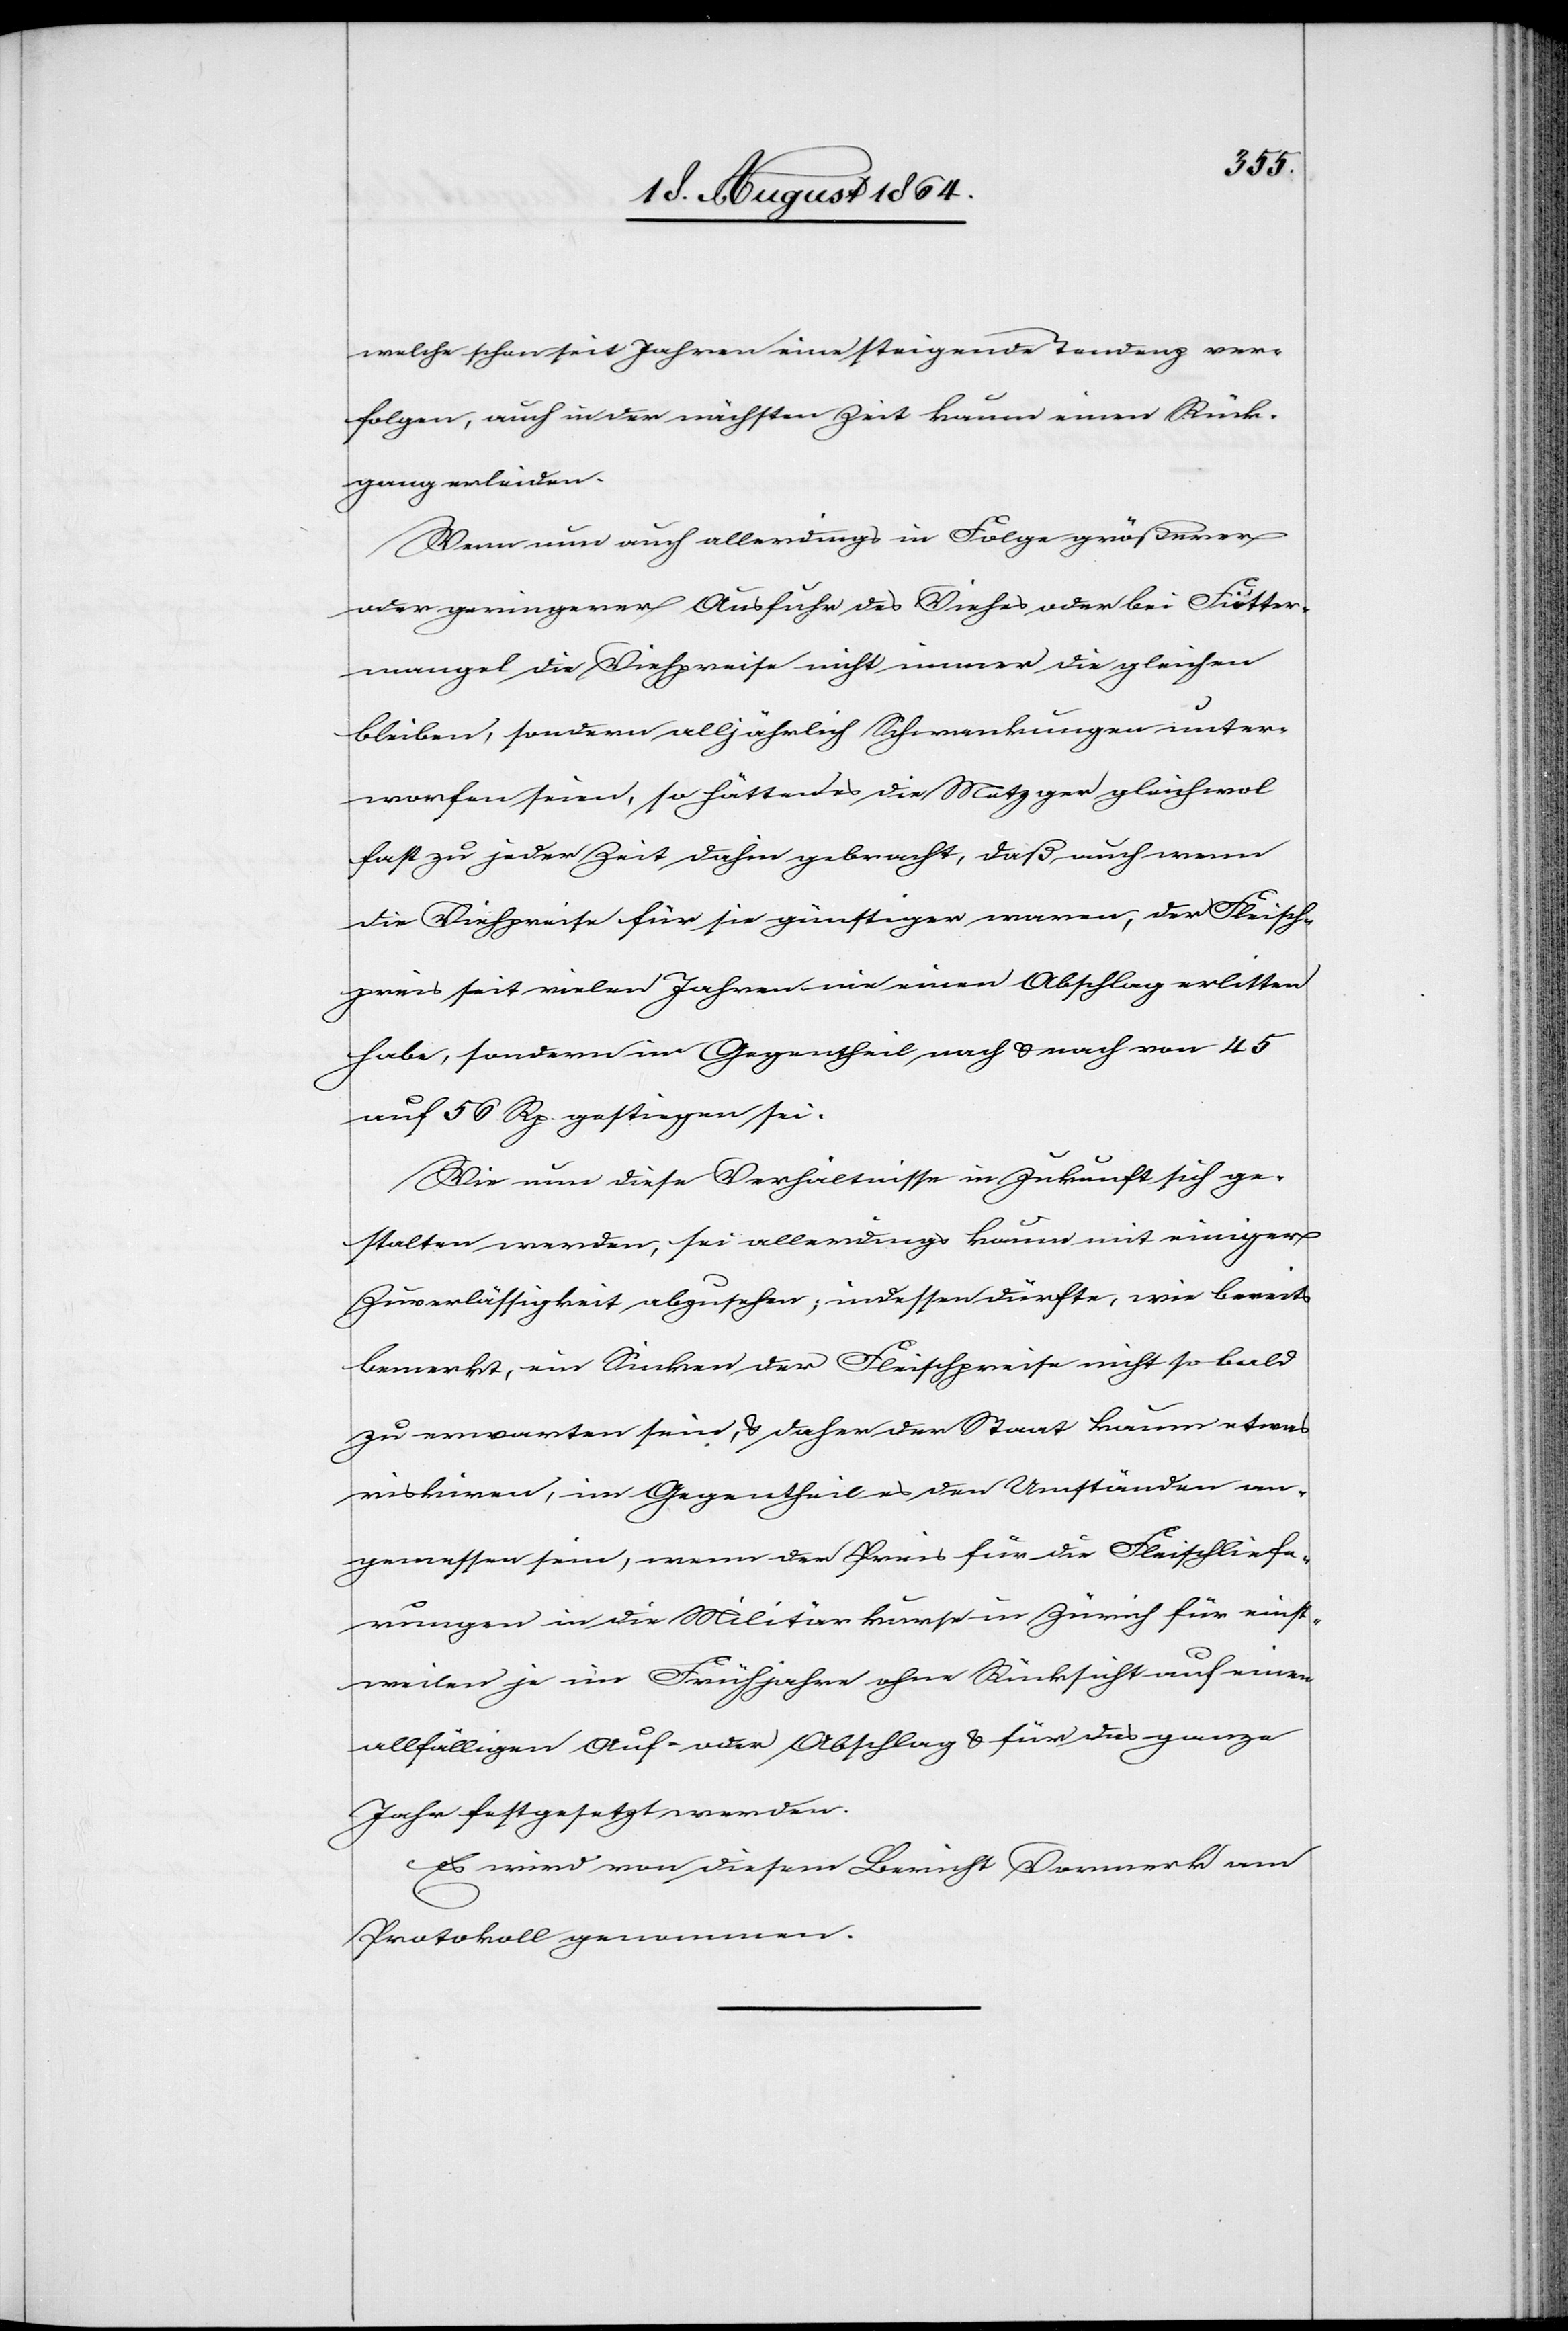
welche schon seit Jahren eine steigende Tendenz ver¬
folgen, auch in der nächsten Zeit kaum einen Rück¬
gang erleiden.
Wenn nun auch allerdings in Folge größerer
oder geringerer Ausfuhr des Viehes oder bei Futter¬
mangel die Viehpreise nicht immer die gleichen
bleiben, sondern alljährlich Schwankungen unter¬
worfen seien, so hätten es die Metzger gleichwol
fast zu jeder Zeit dahin gebracht, daß auch wenn
die Viehpreise für sie günstiger waren, der Fleisch¬
preis seit vielen Jahren nie einen Abschlag erlitten
habe, sondern im Gegentheil nach & nach von 45
auf 56 Rp. gestiegen sei.
Wie nun diese Verhältnisse in Zukunft sich ge¬
stalten werden, sei allerdings kaum mit einiger
Zuverlässigkeit abzusehen, indessen dürfte, wie bereits
bemerkt, ein Sinken der Fleischpreise nicht so bald
zu erwarten sein, & daher der Staat kaum etwas
riskiren, im Gegentheil es den Umständen an¬
gemessen sein, wenn der Preis für die Fleischliefe¬
rungen in die Militärkurse in Zürich für einst¬
weilen je im Frühjahr ohne Rücksicht auf einen
allfälligen Auf- oder Abschlag & für das ganze
Jahr festgesetzt werden.
Es wird von diesem Bericht Vormerk am
Protokoll genommen.